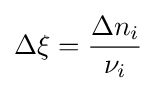
\Delta \xi ={\frac {\Delta n_{i}}{\nu _{i}}}